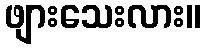
ဖျားသေးလား။